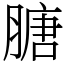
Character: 膅